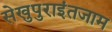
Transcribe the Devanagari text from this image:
सेखुपुराइंतजाम